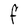
Character: F